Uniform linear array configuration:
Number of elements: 16
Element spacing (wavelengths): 0.75
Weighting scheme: cosine
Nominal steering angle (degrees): -45
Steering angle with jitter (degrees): -46.411
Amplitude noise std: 0.05
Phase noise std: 0.05

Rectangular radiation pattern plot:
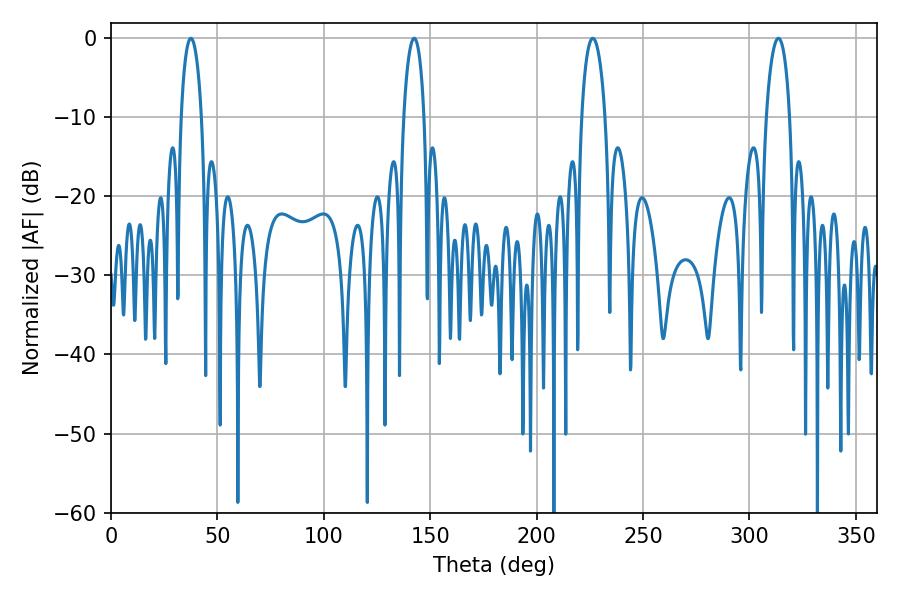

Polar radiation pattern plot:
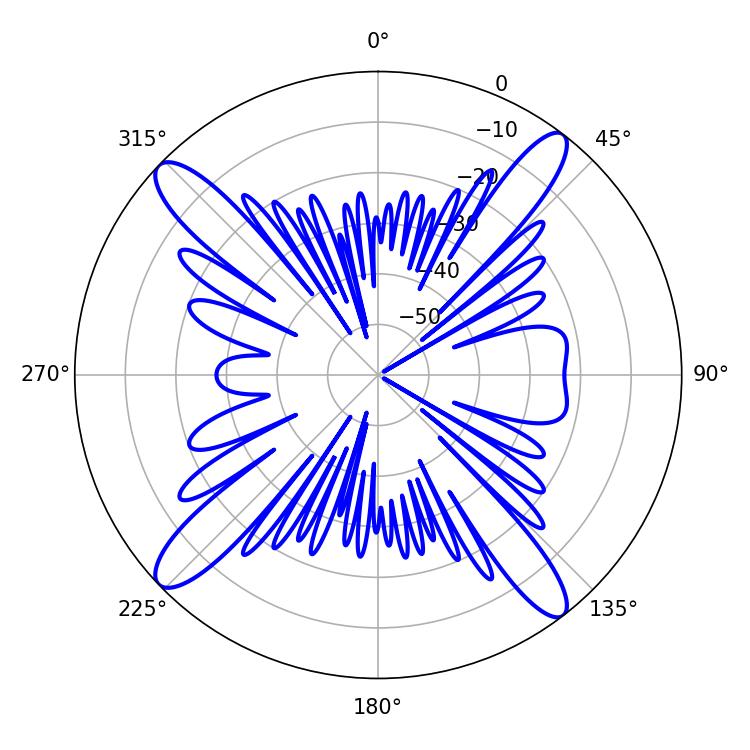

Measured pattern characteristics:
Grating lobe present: TRUE
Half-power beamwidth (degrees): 6.3
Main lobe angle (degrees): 313.56